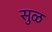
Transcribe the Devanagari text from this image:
सुळ